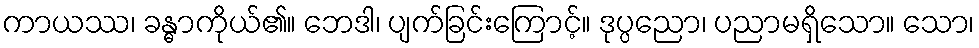
ကာယဿ၊ ခန္ဓာကိုယ်၏။ ဘေဒါ၊ ပျက်ခြင်းကြောင့်။ ဒုပ္ပညော၊ ပညာမရှိသော။ သော၊